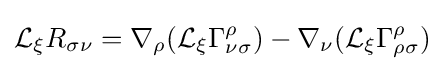
{\mathcal {L}}_{\xi }R_{\sigma \nu }=\nabla _{\rho }({\mathcal {L}}_{\xi }\Gamma _{\nu \sigma }^{\rho })-\nabla _{\nu }({\mathcal {L}}_{\xi }\Gamma _{\rho \sigma }^{\rho })